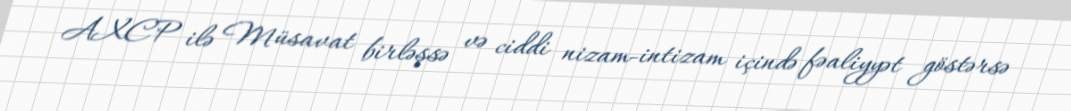
AXCP ilə Müsavat birləşsə və ciddi nizam-intizam içində fəaliyyət göstərsə